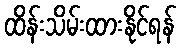
ထိန်းသိမ်းထားနိုင်ရန်